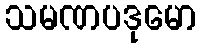
သမဏပဒုမော